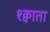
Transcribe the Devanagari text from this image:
श्क्वाता